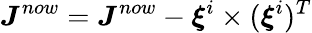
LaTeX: \boldsymbol{J}^{now}=\boldsymbol{J}^{now}-\boldsymbol{\xi}^{i}\times(\boldsymbol{\xi}^{i})^{T}